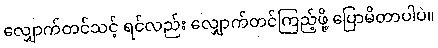
လျှောက်တင်သင့် ရင်လည်း လျှောက်တင်ကြည့်ဖို့ ပြောမိတာပါပဲ။